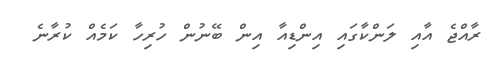
ރާއްޖެ އާއި ލަންކާގައި އިންޑިއާ އިން ބޭނުން ހުރިހާ ކަމެއް ކުރާނެ